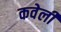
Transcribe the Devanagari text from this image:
कवेली